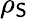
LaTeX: \rho_{\mathsf{S}}